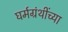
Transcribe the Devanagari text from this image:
घर्मग्रंथींच्या